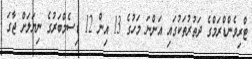
ޓްރިވެންޑްރަމްގެ ދަތުރުތަކުގައި އަންނަ މަހުގެ 13 އިން 12 ޑިސެމްބަރުގެ ނިޔަލަށް ޖާގަ